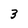
Character: 3